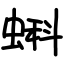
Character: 蝌